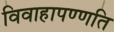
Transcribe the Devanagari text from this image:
विवाहापण्णति